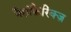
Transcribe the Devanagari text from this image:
नैसोफ़ैरिंक्ज़